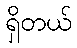
ရှိတယ်